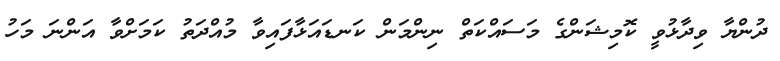
ދުންޔާ ވިދާޅުވީ ކޮމިޝަންގެ މަސައްކަތް ނިންމަން ކަނޑައަޅާފައިވާ މުއްދަތު ކަމަށްވާ އަންނަ މަހު